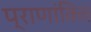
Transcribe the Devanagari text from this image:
प्राणांकित